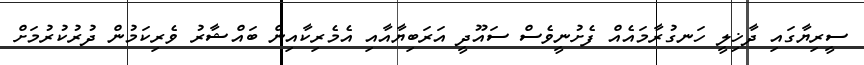
ސީރިޔާގައި ދާޚިލީ ހަނގުރާމައެއް ފެށުނީވެސް ސައޫދީ އަރަބިޔާއާއި އެމެރިކާއިން ބައްޝާރު ވެރިކަމުން ދުރުކުރުމަށް